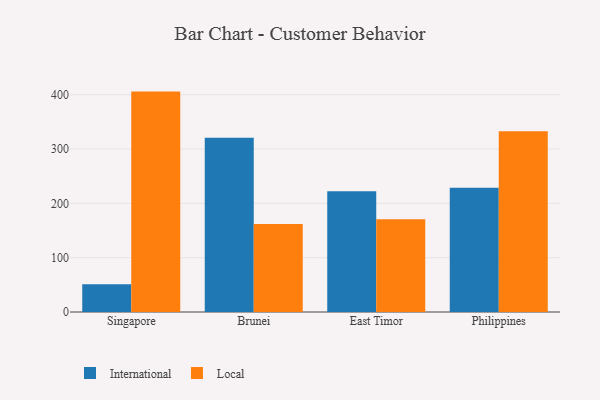
{"axis": {"x": "Country", "y": "Conversion Rate (%)"}, "legend": ["International", "Local"], "data": [{"x": "Singapore", "y": 51.3, "type": "International"}, {"x": "Singapore", "y": 405.8, "type": "Local"}, {"x": "Brunei", "y": 320.8, "type": "International"}, {"x": "Brunei", "y": 162.0, "type": "Local"}, {"x": "East Timor", "y": 222.3, "type": "International"}, {"x": "East Timor", "y": 171.0, "type": "Local"}, {"x": "Philippines", "y": 228.8, "type": "International"}, {"x": "Philippines", "y": 332.7, "type": "Local"}]}